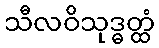
သီလဝိသုဒ္ဓတ္ထံ